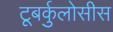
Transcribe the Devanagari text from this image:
टूबर्कुलोसीस